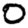
Digit: 0